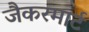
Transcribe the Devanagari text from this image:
जैकरमार्ट